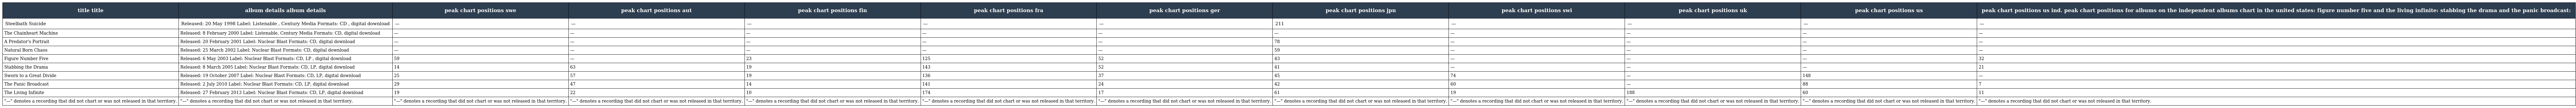
| title title | album details album details | peak chart positions swe | peak chart positions aut | peak chart positions fin | peak chart positions fra | peak chart positions ger | peak chart positions jpn | peak chart positions swi | peak chart positions uk | peak chart positions us | peak chart positions us ind. peak chart positions for albums on the independent albums chart in the united states: figure number five and the living infinite: stabbing the drama and the panic broadcast: |
 | --- | --- | --- | --- | --- | --- | --- | --- | --- | --- | --- | --- |
 | Steelbath Suicide | Released: 20 May 1998 Label: Listenable , Century Media Formats: CD , digital download | — | — | — | — | — | 211 | — | — | — | — |
 | The Chainheart Machine | Released: 8 February 2000 Label: Listenable, Century Media Formats: CD, digital download | — | — | — | — | — | — | — | — | — | — |
 | A Predator's Portrait | Released: 20 February 2001 Label: Nuclear Blast Formats: CD, digital download | — | — | — | — | — | 78 | — | — | — | — |
 | Natural Born Chaos | Released: 25 March 2002 Label: Nuclear Blast Formats: CD, digital download | — | — | — | — | — | 59 | — | — | — | — |
 | Figure Number Five | Released: 6 May 2003 Label: Nuclear Blast Formats: CD, LP , digital download | 59 | — | 23 | 125 | 52 | 43 | — | — | — | 32 |
 | Stabbing the Drama | Released: 8 March 2005 Label: Nuclear Blast Formats: CD, LP, digital download | 14 | 63 | 19 | 143 | 52 | 41 | — | — | — | 21 |
 | Sworn to a Great Divide | Released: 19 October 2007 Label: Nuclear Blast Formats: CD, LP, digital download | 25 | 57 | 19 | 136 | 37 | 45 | 74 | — | 148 | — |
 | The Panic Broadcast | Released: 2 July 2010 Label: Nuclear Blast Formats: CD, LP, digital download | 29 | 47 | 14 | 141 | 24 | 42 | 60 | — | 88 | 7 |
 | The Living Infinite | Released: 27 February 2013 Label: Nuclear Blast Formats: CD, LP, digital download | 19 | 22 | 10 | 174 | 17 | 61 | 19 | 188 | 60 | 11 |
 | "—" denotes a recording that did not chart or was not released in that territory. | "—" denotes a recording that did not chart or was not released in that territory. | "—" denotes a recording that did not chart or was not released in that territory. | "—" denotes a recording that did not chart or was not released in that territory. | "—" denotes a recording that did not chart or was not released in that territory. | "—" denotes a recording that did not chart or was not released in that territory. | "—" denotes a recording that did not chart or was not released in that territory. | "—" denotes a recording that did not chart or was not released in that territory. | "—" denotes a recording that did not chart or was not released in that territory. | "—" denotes a recording that did not chart or was not released in that territory. | "—" denotes a recording that did not chart or was not released in that territory. | "—" denotes a recording that did not chart or was not released in that territory. |